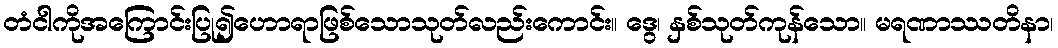
တံငါကိုအကြောင်းပြု၍ဟောရာဖြစ်သောသုတ်လည်းကောင်း။ ဒွေ၊ နှစ်သုတ်ကုန်သော။ မရဏာဿတိနာ၊